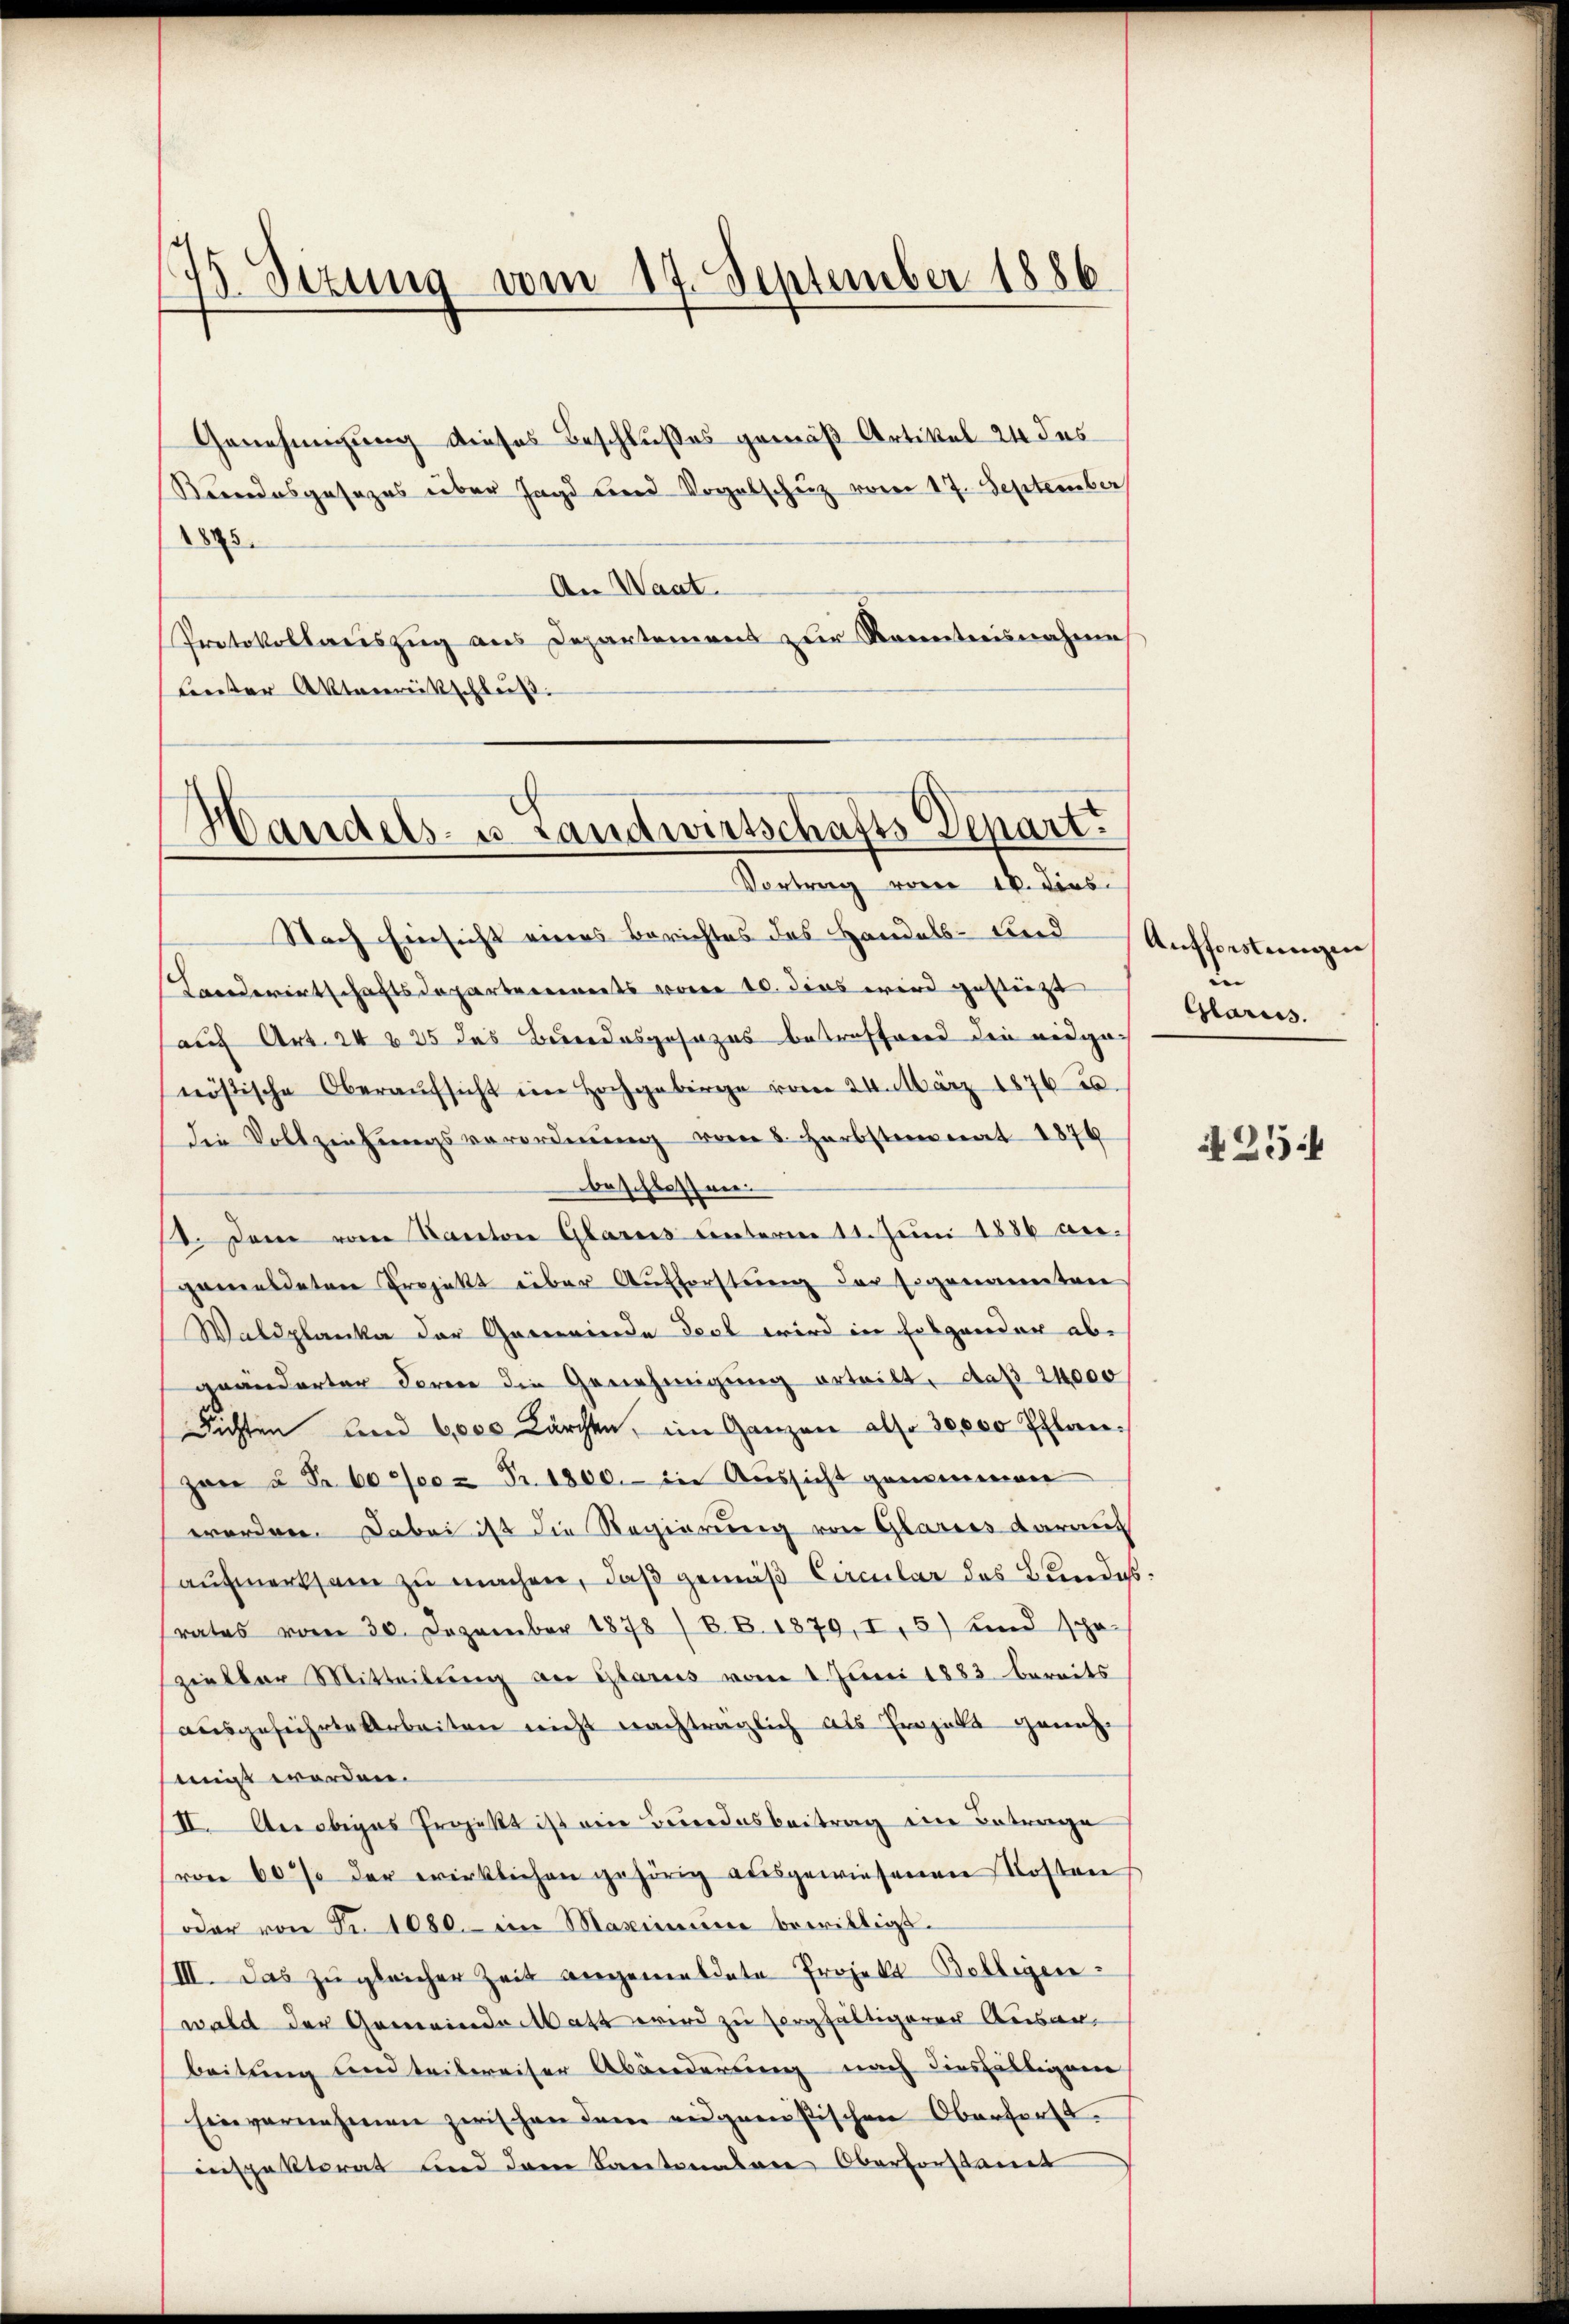
75. Sezung vom 17. September 1886

Genehmigung dieses Beschlußes gemäß Artikel 24 des
Kundesgesezes über Jagd und Vogelschuz vom 17. September
1875.
An Waat.
Protokollauszug aus Departement zur Kenntnisnahme
lenster Aktenrückschluß.

Handels- u. Landwirtschafts Depart.
Vortrag von 16. Dies

Nach Einsicht eines Berichtes des Handels- Beid
Landerentschaftsdepartements voren 10. dies wird gestiegt
auf Art. 24 § 25 des Bundesgesezes betroffend die eidgenösische Oberaŭfsicht ein Hochgebirge vom 24. März 18760.
die Vollziehungsverordnung vom 8. Herbstmonat 1879
beschlossen.
1. Dem vom Kanton Glarus unterm 11. Juni 1886 vergemeldeten Projekt über Aufforstung der Eigenannten
Waldplanka der Gemeinde Fest wird in Folgender abgeänderter Lorene die Genehmigŭng erteilt, daß 24000
dichten und 6000 Kärchen, im Ganzen also 30,000 Pflan-
zan u. Fr. 6000 Fr. 1800.- in Aŭssicht genommen
worden. Dabei ist die Regierung von Glarus darauf
aufmerksam zu machen, daß gemäß Circular des Bundesrates vom 30. Dezember 1878 / B. B. 1879, I, 5) und spa-
zieller Mitteilung an Glarus vom 1. Juni 1883 bereits
ausgeführte Arbeiten nicht nachträglich als Projekt genehmigt worden.
II. An obiges Projekt ist ein Bundesbeitrag ein Betrage
rone 60% der wirklichen gehörig ausgewiesenen Kosten
oder von Fr. 1080. im Maximŭm bewilligt.
/III. Das zu gleicher Zeit angemeldete Projekt-Belligen-
wald der Gemeinde Matt wird zu sorgfältigerer Ausar-
beitung und teilweiser Abänderung nach diesfälligem
Einvernehmen zwischen dem eidgenößischen Oberforstinspektorat und dem Kantonalen Oberforstant

Aufforstungen
Glaruss.

254